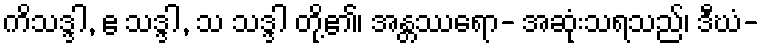
ကိသဒ္ဒါ, ဧ သဒ္ဒါ, သ သဒ္ဒါ တို့၏၊ အန္တဿရော- အဆုံးသရသည်၊ ဒီဃံ-